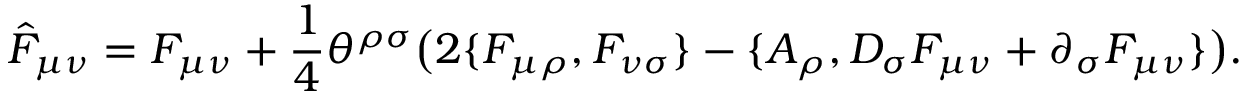
\hat { F } _ { \mu \nu } = F _ { \mu \nu } + { \frac { 1 } { 4 } } \theta ^ { \rho \sigma } \big ( 2 \{ F _ { \mu \rho } , F _ { \nu \sigma } \} - \{ A _ { \rho } , D _ { \sigma } F _ { \mu \nu } + \partial _ { \sigma } F _ { \mu \nu } \} \big ) .